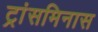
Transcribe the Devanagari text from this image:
ट्रांसमिनास